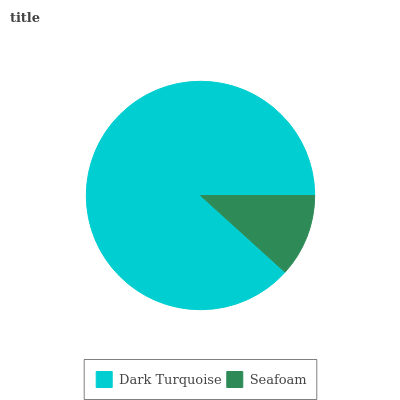
| Dark Turquoise | Seafoam |
 | --- | --- |
 | 88.3% | 11.7% |